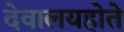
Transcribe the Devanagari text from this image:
देवालयहोते